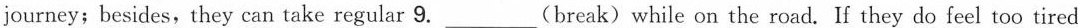
journey; besides, they can take regular 9. ___ (break) while on the road. If they do feel too tired